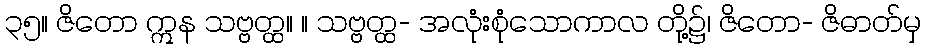
၃၅။ ဇိတော ဣန သဗ္ဗတ္ထ။ ။ သဗ္ဗတ္ထ- အလုံးစုံသောကာလ တို့၌၊ ဇိတော- ဇိဓာတ်မှ